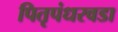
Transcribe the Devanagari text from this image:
पितृपंधरवडा